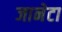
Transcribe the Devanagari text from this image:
जानेटा